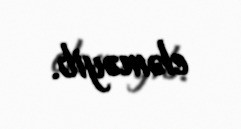
eləməyib.